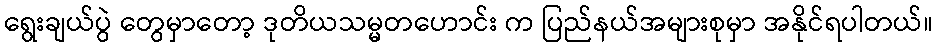
ရွေးချယ်ပွဲ တွေမှာတော့ ဒုတိယသမ္မတဟောင်း က ပြည်နယ်အများစုမှာ အနိုင်ရပါတယ်။